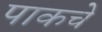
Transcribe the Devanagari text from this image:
पाकचे